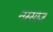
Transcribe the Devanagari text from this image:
नस्साज